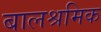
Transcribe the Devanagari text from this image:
बालश्रमिक